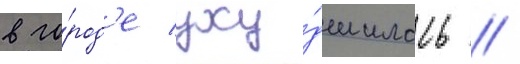
в го́род'е уху́дшилась //